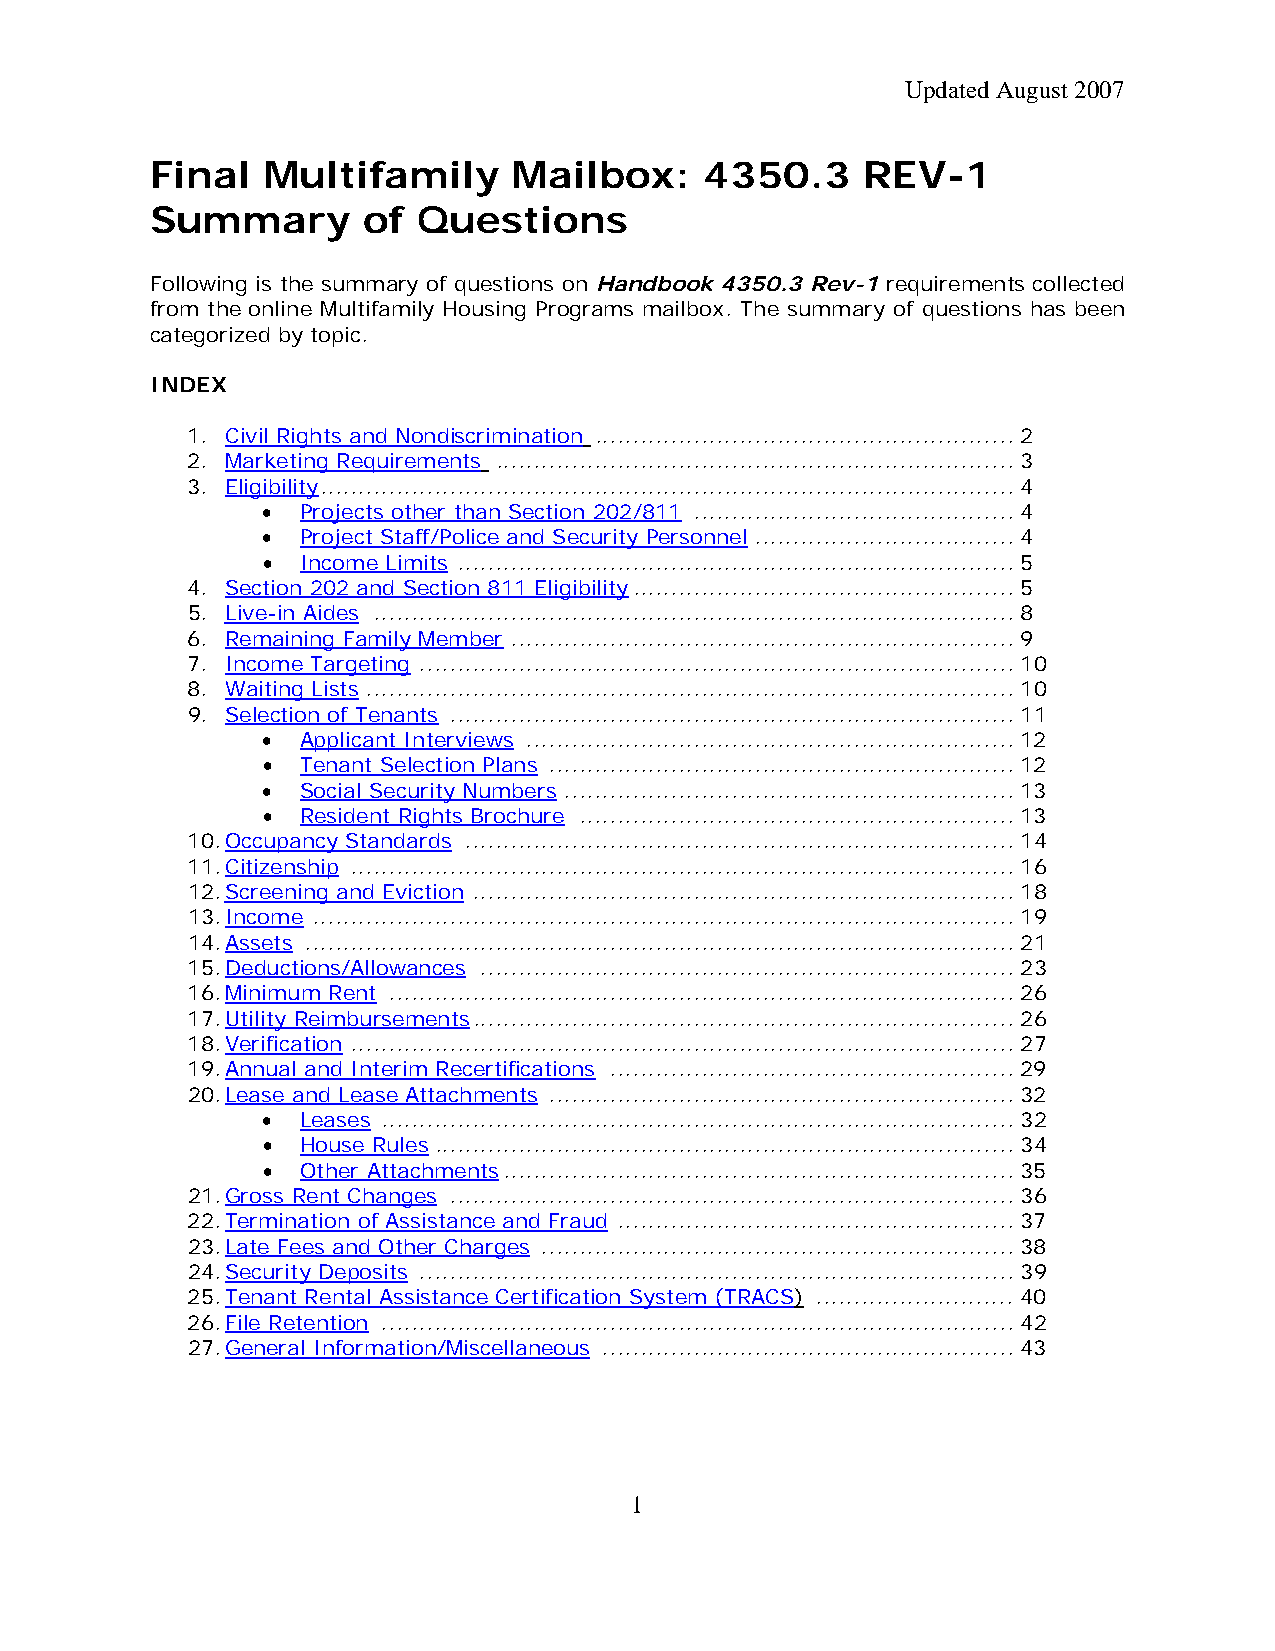
Updated August 2007
 Final   Multifamily     Mailbox:     4350.3    REV-1
 Summary       of  Questions
 Following is the summary of questions on Handbook 4350.3 Rev-1 requirements collected
 from the online Multifamily Housing Programs mailbox. The summary of questions has been
 categorized by topic.
 INDEX
 1. Civil Rights and Nondiscrimination .......................................................2
 2. Marketing Requirements ....................................................................3
 3. Eligibility...........................................................................................4
 •  Projects other than Section 202/811 ..........................................4
 •  Project Staff/Police and Security Personnel ..................................4
 •  Income Limits .........................................................................5
 4. Section 202 and Section 811 Eligibility..................................................5
 5. Live-in Aides ....................................................................................8
 6. Remaining Family Member ..................................................................9
 7. Income Targeting ..............................................................................10
 8. Waiting Lists .....................................................................................10
 9. Selection of Tenants ..........................................................................11
 •  Applicant Interviews ................................................................12
 •  Tenant Selection Plans .............................................................12
 •  Social Security Numbers ...........................................................13
 •  Resident Rights Brochure .........................................................13
 10. Occupancy Standards ........................................................................14
 11. Citizenship .......................................................................................16
 12. Screening and Eviction .......................................................................18
 13. Income ............................................................................................19
 14. Assets .............................................................................................21
 15. Deductions/Allowances ......................................................................23
 16. Minimum Rent ..................................................................................26
 17. Utility Reimbursements.......................................................................26
 18. Verification .......................................................................................27
 19. Annual and Interim Recertifications .....................................................29
 20. Lease and Lease Attachments .............................................................32
 •  Leases ...................................................................................32
 •  House Rules............................................................................34
 •  Other Attachments...................................................................35
 21. Gross Rent Changes ..........................................................................36
 22. Termination of Assistance and Fraud ....................................................37
 23. Late Fees and Other Charges ..............................................................38
 24. Security Deposits ..............................................................................39
 25. Tenant Rental Assistance Certification System (TRACS) ..........................40
 26. File Retention ...................................................................................42
 27. General Information/Miscellaneous ......................................................43
 1